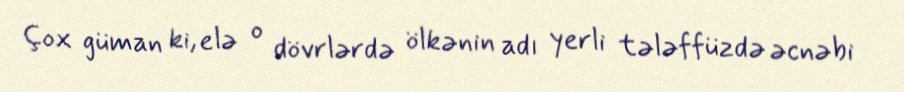
Çox güman ki, elə o dövrlərdə ölkənin adı yerli tələffüzdə əcnəbi